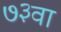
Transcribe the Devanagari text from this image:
७३वा